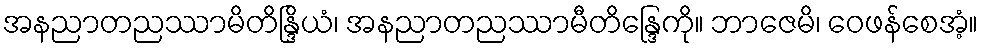
အနညာတညဿာမိတိန္ဒြိယံ၊ အနညာတညဿာမီတိန္ဒြေကို။ ဘာဇေမိ၊ ဝေဖန်စေအံ့။